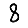
Digit: 8